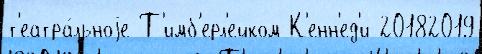
т'еатра́льноjе Т'имб'ерл'ейком К'енн'ед'и 20182019